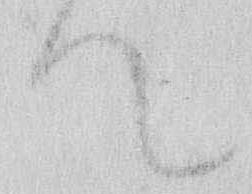
て